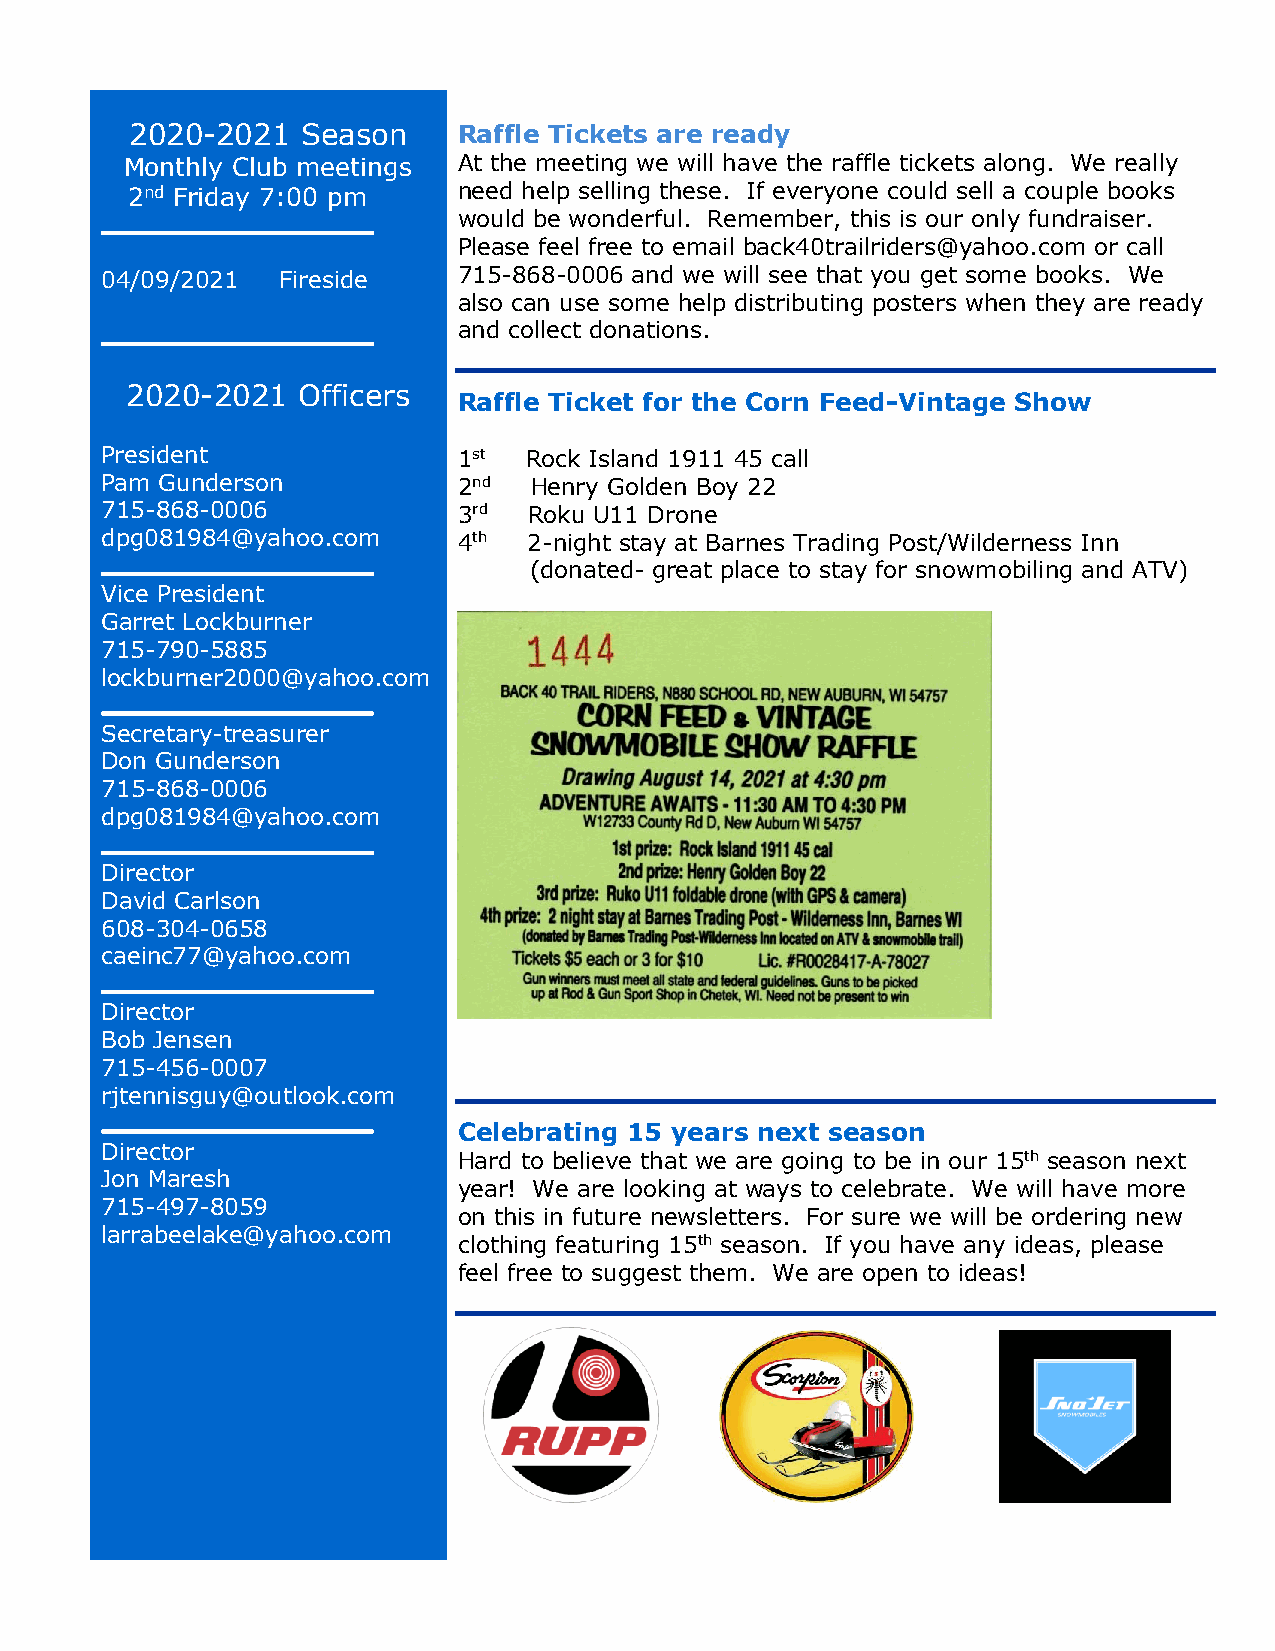
2020-2021  Season    Raffle Tickets are ready
 Monthly Club meetings At the meeting we will have the raffle tickets along. We really
 2nd Friday 7:00 pm    need help selling these. If everyone could sell a couple books
 would be wonderful. Remember, this is our only fundraiser.
 Please feel free to email back40trailriders@yahoo.com or call
 04/09/2021 Fireside    715-868-0006 and we will see that you get some books. We
 also can use some help distributing posters when they are ready
 and collect donations.
 2020-2021   Officers
 Raffle Ticket for the Corn Feed-Vintage Show
 President              1st  Rock Island 1911 45 call
 Pam Gunderson          2nd  Henry Golden Boy 22
 715-868-0006           3rd  Roku U11 Drone
 dpg081984@yahoo.com    4th  2-night stay at Barnes Trading Post/Wilderness Inn
 (donated- great place to stay for snowmobiling and ATV)
 Vice President
 Garret Lockburner
 715-790-5885
 lockburner2000@yahoo.com
 Secretary-treasurer
 Don Gunderson
 715-868-0006
 dpg081984@yahoo.com
 Director
 David Carlson
 608-304-0658
 caeinc77@yahoo.com
 Director
 Bob Jensen
 715-456-0007
 rjtennisguy@outlook.com
 Celebrating 15 years next season
 Director
 Hard to believe that we are going to be in our 15th season next
 Jon Maresh
 year! We are looking at ways to celebrate. We will have more
 715-497-8059
 on this in future newsletters. For sure we will be ordering new
 larrabeelake@yahoo.com
 clothing featuring 15th season. If you have any ideas, please
 feel free to suggest them. We are open to ideas!